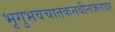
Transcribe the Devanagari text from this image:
भृगुभवचातकनवीनजलधर